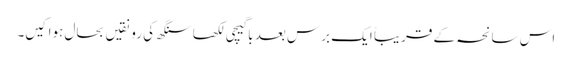
اس سانحہ کے قریباً ایک برس بعد باگیچی لکھا سنگھ کی رونقیں بحال ہوا کیں۔